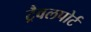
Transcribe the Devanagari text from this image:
ट्रैवलपोर्ट